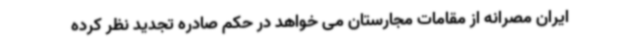
ایران مصرانه از مقامات مجارستان می خواهد در حکم صادره تجدید نظر کرده